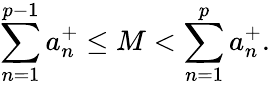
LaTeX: \sum_{n=1}^{p-1}a_{n}^{+}\leq M<\sum_{n=1}^{p}a_{n}^{+}.